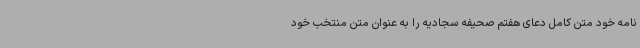
نامه خود متن کامل دعای هفتم صحیفه سجادیه را به عنوان متن منتخب خود